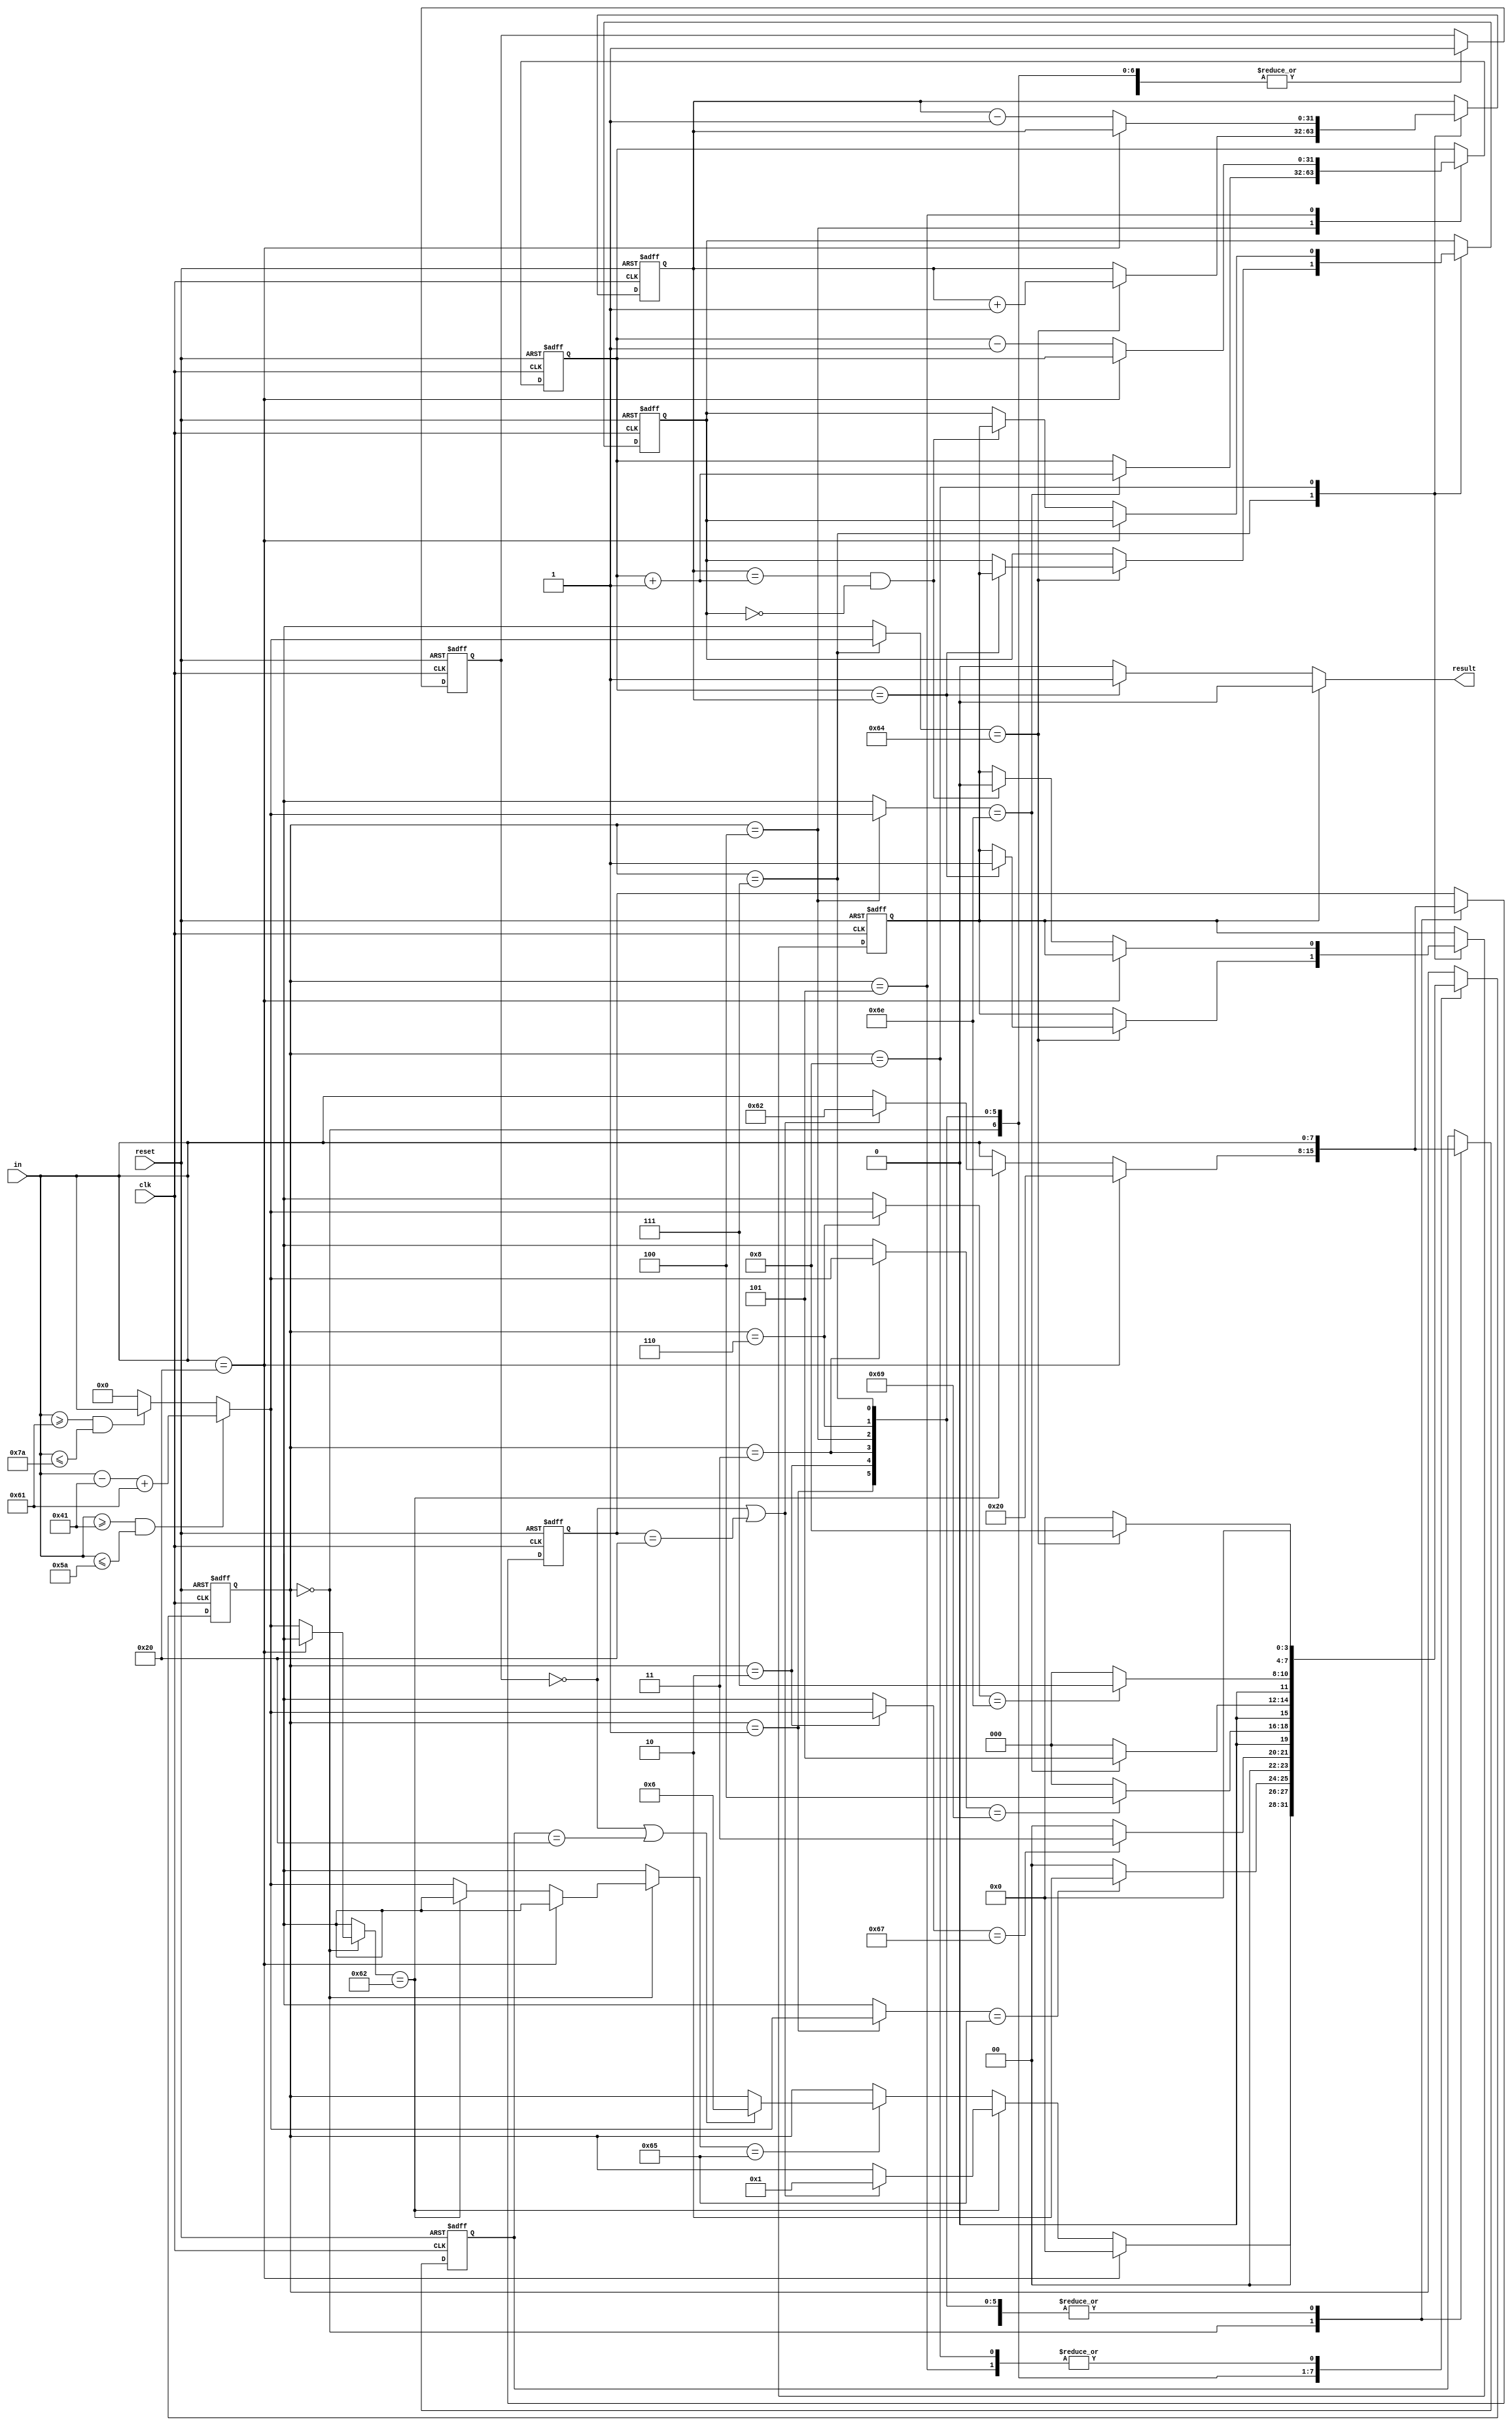
`timescale 1ns / 1ps



`define	s0	0
`define	s1	1
`define	s2	2
`define	s3	3
`define	s4	4
`define	s5	5
`define	s6	6
`define	s7	7
`define	s8	8


module BlockChecker(
    input clk,
    input reset,
    input [7:0] in,
    output result
    );
	 
// upper --> lower
// lower stay
// others --> 0
function [7:0] low;
	input [7:0] in;
	begin
		if((in >= "A")&&(in <="Z")) begin	// if in is upper
			low = in - "A" + "a";
		end
		else if((in >= "a")&&(in <= "z")) begin	// if in is lower
			low = in;
		end
		else begin
			low = 0;
		end
	end
endfunction

reg[3:0]		state;// state
reg cnt;				// is the first char?? (cnt == 0) no char have been input
reg[7:0] 	bfb;	// what's the char before "begin"
reg[7:0] 	bfe;	// what's the char before "end"
reg[31:0]	lef;	// left "(", # of "begin"
reg[31:0]	rit;	// right ")", # of "end" 
reg err;	
reg prerr;
// ")" before "(", never right!
//	as a ")" is gennerated, it would have a look on the # of "(", if there is no "(",
// err was set to 1
						

initial begin
	state <= 0;
	cnt <= 0;
	bfb <= " ";
	bfe <= " ";
	lef <= 0;
	rit <= 0;
	err <= 0;
	prerr <= 0;
end

always@(posedge clk or posedge reset) begin
	if(reset == 1) begin
		state <= 0;
		cnt <= 0;
		bfb <= " ";
		bfe <= " ";
		lef <= 0;
		rit <= 0;
		err <= 0;
		prerr <= 0;
	end
	else begin
		case(state)
			`s0 : begin
				if(in == " ") begin
					cnt <= 1;
					state <= 0;
					bfb <= " ";
					bfe <= " ";
				end
				else if(low(in)== "b") begin
					if((cnt == 0)||(bfb == " ")) begin
						state <= 1;
						bfb <= "b";
						bfe <= "b";
						cnt <= 1;
					end
					else begin
						bfb <= in;
						bfe <= in;
						cnt <= 1;
					end
				end
				else if(low(in)=="e") begin
					if((cnt == 0)||(bfe == " ")) begin
						state <= 6;
						cnt <= 1;
						bfb <= in;
						bfe <= in;
					end
					else begin
						cnt <= 1;
						bfb <= in;
						bfe <= in;
					end
				end
				else begin
					bfb <= in;
					bfe <= in;
					cnt <= 1;
				end
			end
			`s1 : begin
				if(low(in) == "e") begin
					state <= 2;
					cnt <= 1;
					bfb <= in;
					bfe <= in;
				end
				else begin
					state <= 0;
					bfb <= in;
					bfe <= in;
					cnt <=1;
				end
			end
			`s2 : begin
				if(low(in) == "g") begin
					state <= 3;
					cnt <= 1;
					bfb <= in;
					bfe <= in;
				end
				else begin
					state <= 0;
					bfb <= in;
					bfe <= in;
					cnt <=1;
				end
			end
			`s3 : begin
				if(low(in) == "i") begin
					state <= 4;
					cnt <= 1;
					bfb <= in;
					bfe <= in;
				end
				else begin
					state <= 0;
					bfb <= in;
					bfe <= in;
					cnt <=1;
				end
			end
			`s4 : begin
				if(low(in) == "n") begin
					state <= 5;
					cnt <= 1;
					bfb <= in;
					bfe <= in;
					lef <= lef +1;
				end
				else begin
					state <= 0;
					bfb <= in;
					bfe <= in;
					cnt <=1;
				end
			end
			`s5 : begin
				if(in == " ") begin
					state <= 0;
					cnt <= 1;
					bfb <= in;
					bfe <= in;
				end
				else begin
					state <= 0;
					cnt <= 1;
					lef <= lef -1;
					bfb <= in;
					bfe <= in;
				end	
			end
			`s6 : begin
				if(low(in) == "n") begin
					state <= 7;
					cnt <= 1;
					bfb <= in;
					bfe <= in;
				end
				else begin
					state <= 0;
					cnt <= 1;
					bfb <= in;
					bfe <= in;
				end	
			end
			`s7 : begin
				if(low(in) == "d") begin
					state <= 8;
					cnt <= 1;
					bfb <= in;
					bfe <= in;
					rit <= rit +1;
					if(lef == rit) begin
						prerr <= err;
						err <= 1;
					end
					else begin
					end
				end
				else begin
					state <= 0;
					cnt <= 1;
					bfb <= in;
					bfe <= in;
				end	
			end
			`s8 : begin
				if(in == " ") begin
					state <= 0;
					cnt <=1;
					bfb <= in;
					bfe <= in;
				end
				else begin
					state <= 0;
					cnt <= 1;
					bfb <= in;
					bfe <= in;
					rit <= rit -1;
					if((rit == (lef+1))&&(prerr == 0)) begin
						prerr <= err;
						err <= 0;
					end
					else begin
					end
				end
			end
		endcase
	end
end
assign result =	(err == 1)? 0 :
						(lef == rit)? 1 :0;
endmodule